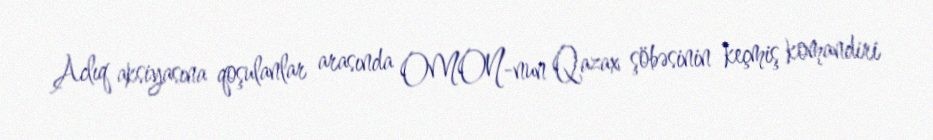
Aclıq aksiyasına qoşulanlar arasında OMON-nun Qazax şöbəsinin keçmiş komandiri